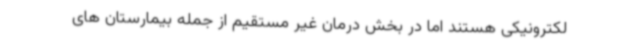
لکترونیکی هستند اما در بخش درمان غیر مستقیم از جمله بیمارستان های